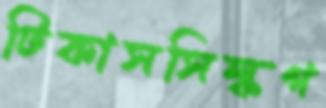
টিকাসসিল্কগ